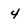
Character: 4